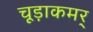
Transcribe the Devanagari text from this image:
चूड़ाकमर्